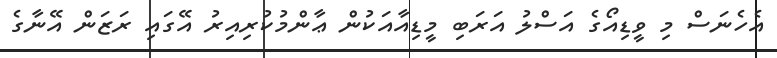
އެހެނަސް މި ވީޑިއޯގެ އަސްލު އަރަބި މީޑިއާއަކުން ޢާންމުކުރިއިރު އޭގައި ރަޒަން އޭނާގެ